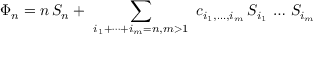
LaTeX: \Phi _ { n } = n \, S _ { n } + \ \sum _ { i _ { 1 } + \dots + i _ { m } = n , m > 1 } \ c _ { i _ { 1 } , \dots , i _ { m } } \, S _ { i _ { 1 } } \, \dots \, S _ { i _ { m } }